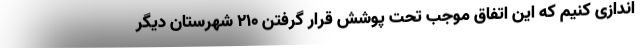
اندازی کنیم که این اتفاق موجب تحت پوشش قرار گرفتن ۲۱۰ شهرستان دیگر